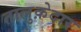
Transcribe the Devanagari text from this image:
तालुक़ेदार